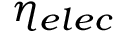
\eta _ { e l e c }